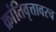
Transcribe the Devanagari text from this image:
क्रांतिवृत्तावरच